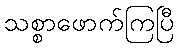
သစ္စာဖောက်ကြပြီ